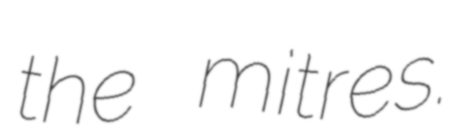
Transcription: the mitres.